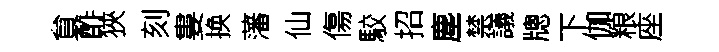
貟酢狹刻婁换藩仙傷駮招塵禁議牕下伽粮座